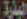
المبارة